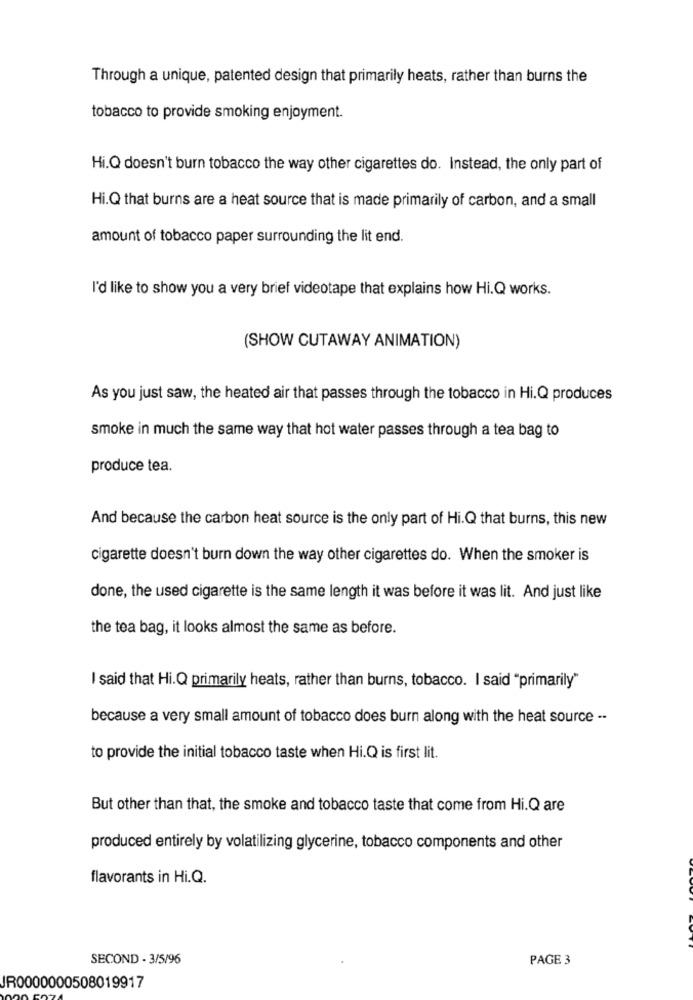
Through a unique, patented design that primarily heats, rather than burns the
tobacco to provide smoking enjoyment.
Hi.Q doesn't burn tobacco the way other cigarettes do. Instead, the only part of
Hi.Q that burns are a heat source that is made primarily of carbon, and a small
amount of tobacco paper surrounding the lit end.
I'd like to show you a very brief videotape that explains how Hi.Q works.
(SHOW CUTAWAY ANIMATION)
As you just saw, the heated air that passes through the tobacco in Hi.Q produces
smoke in much the same way that hot water passes through a tea bag to
produce tea.
And because the carbon heat source is the only part of Hi.Q that burns, this new
cigarette doesn't burn down the way other cigarettes do. When the smoker is
done, the used cigarette is the same length it was before it was lit. And just like
the tea bag, it looks almost the same as before.
I said that Hi.Q primarily heats, rather than burns, tobacco. I said "primarily"
because a very small amount of tobacco does burn along with the heat source --
to provide the initial tobacco taste when Hi.Q is first lit.
But other than that, the smoke and tobacco taste that come from Hi.Q are
produced entirely by volatilizing glycerine, tobacco components and other
flavorants in Hi.Q.
SECOND - 3/5/96
PAGE 3
JR0000000508019917